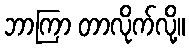
ဘာကြာ တာလိုက်လို့။